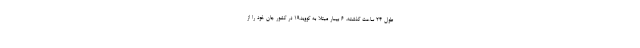
طول ۲۴ ساعت گذشته، ۶ بیمار مبتلا به کووید۱۹ در کشور جان خود را از